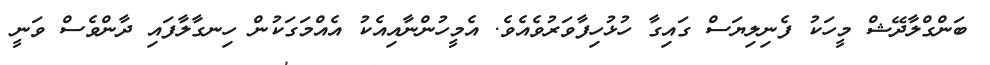
ބަންގްލާދޭޝް މީހަކު ފެނިލިޔަސް ގައިގާ ހުޅުހިފާވަރުވެއެވެ. އެމީހުންނާއިއެކު އެއްމަގަކުން ހިނގާލާފައި ދާންވެސް ވަނީ